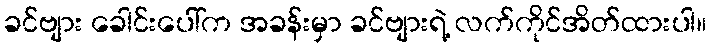
ခင်ဗျား ခေါင်းပေါ်က အခန်းမှာ ခင်ဗျားရဲ့ လက်ကိုင်အိတ်ထားပါ။